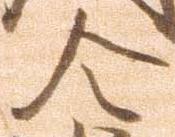
令